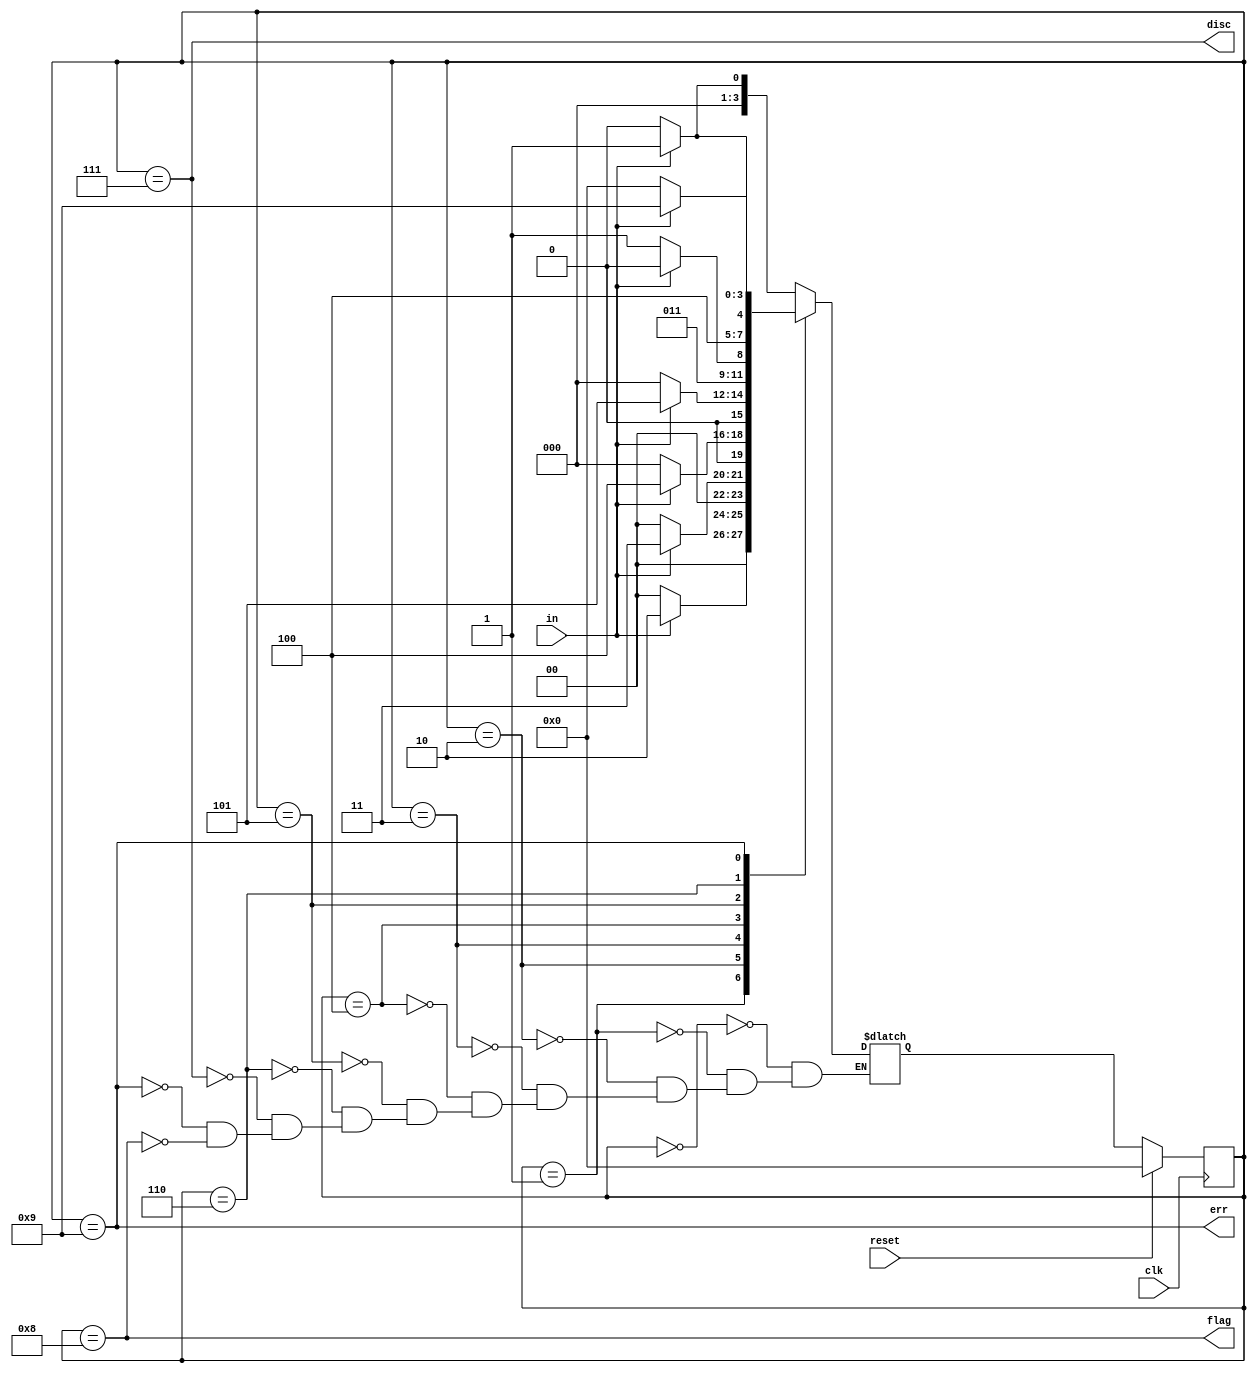
module top_module(
    input clk,
    input reset,    // Synchronous reset
    input in,
    output disc,
    output flag,
    output err);
parameter ONE=1,TWO=2,THREE=3,FOUR=4,FIVE=5,SIX=6,DISC=7,FLAG=8,ERROR=9,NONE=0;
    reg [3:0] state,next_state;
    always@(*) begin
        case(state)
            NONE : next_state = (in) ? ONE : NONE;
            ONE : next_state = (in) ? TWO : NONE;
            TWO : next_state = (in) ? THREE : NONE;
            THREE: next_state = (in) ? FOUR : NONE;
            FOUR : next_state = (in) ? FIVE : NONE;
            FIVE : next_state = (in) ? SIX : DISC;
            SIX : next_state = (in) ? ERROR : FLAG;
            DISC : next_state = (in) ? ONE : NONE;
            ERROR : next_state = (in) ? ERROR : NONE;
            FLAG : next_state = (in) ? ONE : NONE;
        endcase
    end
    always @(posedge clk) begin
        if(reset)
            state<=NONE;
        else
            state<=next_state;
    end
    
    assign disc = (state == DISC);
    assign flag = (state == FLAG);
    assign err = (state == ERROR);
    
endmodule